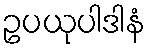
ဥပယုပါဒါနံ